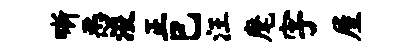
晰恶浚正巳汪麾字屋